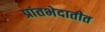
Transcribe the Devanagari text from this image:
प्रांतभेदातीत